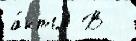
а́кты В